Civil Veterinary Dept. Assam report 1927-50 - 1927-1950
Year: 1927
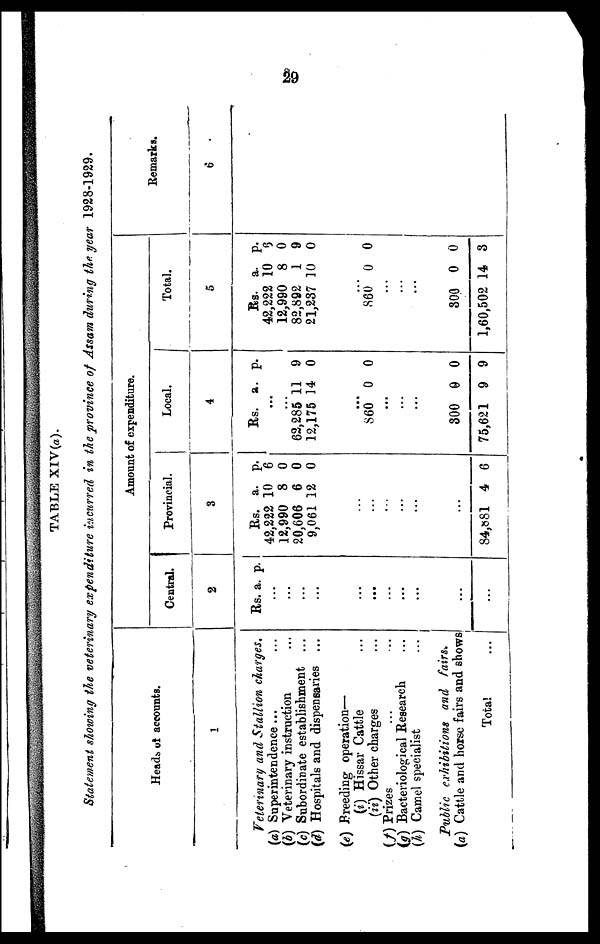
29
TABLE XIV(a).
Statement showing the veterinary expenditure incurred in the province of Assam during the year 1928-1929.
Heads of accounts.
1
Veterinary and Stallion charges.
(a) Superintendence ... ...
(b) Veterinary instruction ...
(e) Subordinate establishment ...
(d) Hospitals and dispensaries ...
(e) Breeding operation—
(i) Hissar Cattle ...
(ii) Other charges ...
(f) Prizes ... ...
(g) Bacteriological Research ...
(h) Camel specialist ...
Public exhibitions and fairs.
(a) Cattle and horse fairs and shows
Total ...
Amount of expenditure.
Central.
2
Rs. a. p.
...
...
...
...
...
...
...
...
...
...
...
Provincial.
3
Rs.
42,222
12,990
20,606
9,061
a.
10
8
6
12
p.
6
0
0
0
...
...
...
...
...
...
84,581 4 6
Local.
4
Rs. a. p.
..
.
...
62,285
12,175
11
14
9
0
...
860 0 0
...
...
...
300
75,621
0
9
0
9
Total.
5
Rs.
42,222
12,990
82,892
21,287
a.
10
8
1
10
p.
9
0
9
0
...
860 0 0
...
...
...
800
1,60,502 1
0
4
0
3
Remarks.
6